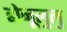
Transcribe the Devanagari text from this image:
होनूलुलु